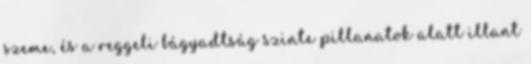
szeme, és a reggeli bágyadtság szinte pillanatok alatt illant